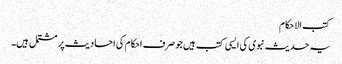
کتب الاحکام
یہ حدیث نبوی کی ایسی کتب ہیں جو صرف احکام کی احادیث پر مشتمل ہیں۔